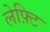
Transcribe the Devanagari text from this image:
लेफ़्टि